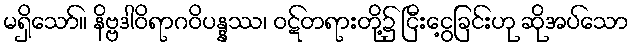
မရှိသော်။ နိဗ္ဗဒါဝိရာဂဝိပန္နဿ၊ ဝဋ်တရားတို့၌ ငြီးငွေ့ခြင်းဟု ဆိုအပ်သော